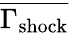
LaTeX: \overline{{\Gamma_{\mathrm{shock}}}}